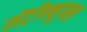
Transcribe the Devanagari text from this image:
सेंट्रीफ्यूगल